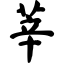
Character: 莘